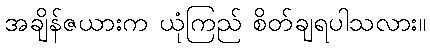
အချိန်ဇယားက ယုံကြည် စိတ်ချရပါသလား။